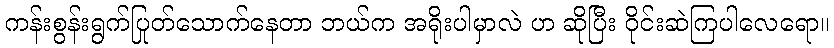
ကန်းစွန်းရွက်ပြုတ်သောက်နေတာ ဘယ်က အရိုးပါမှာလဲ ဟ ဆိုပြီး ဝိုင်းဆဲကြပါလေရော။